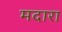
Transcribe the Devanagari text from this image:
मदारा